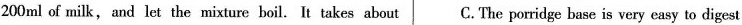
200ml of milk,and let the mixture boil. It takes about C.The porridge base is very easy to digest